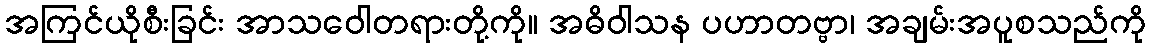
အကြင်ယိုစီးခြင်း အာသဝေါတရားတို့ကို။ အဓိဝါသန ပဟာတဗ္ဗာ၊ အချမ်းအပူစသည်ကို